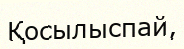
Қосылыспай,